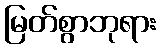
မြတ်စွာဘုရား